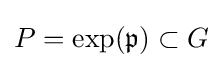
P=\mathrm {exp} ({\mathfrak {p}})\subset G